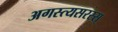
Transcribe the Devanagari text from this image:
अगस्त्यसरस्स्